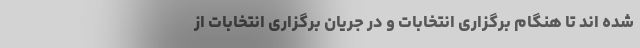
شده اند تا هنگام برگزاری انتخابات و در جریان برگزاری انتخابات از